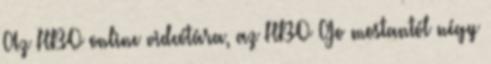
Az HBO online videótára, az HBO Go mostantól négy